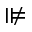
\nVDash